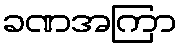
ခဏအကြာ